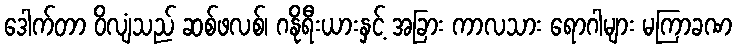
ဒေါက်တာ ဝိလျံသည် ဆစ်ဖလစ်၊ ဂနိုရီးယားနှင့် အခြား ကာလသား ရောဂါများ မကြာခဏ